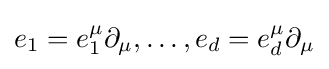
e_{1}=e_{1}^{\mu }\partial _{\mu },\ldots ,e_{d}=e_{d}^{\mu }\partial _{\mu }